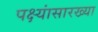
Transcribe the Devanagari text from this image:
पक्ष्यांसारख्या